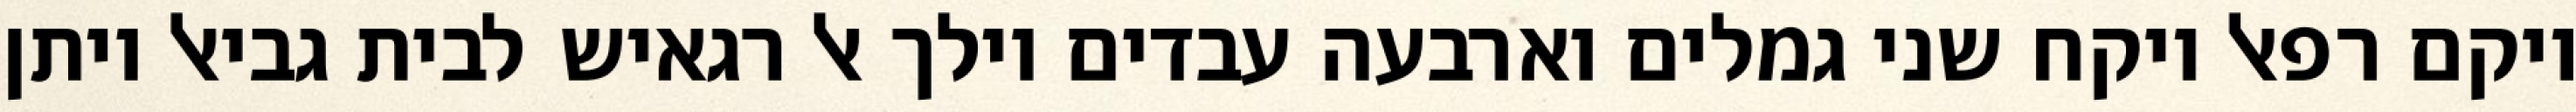
ויקם רפאל ויקח שני גמלים וארבעה עבדים וילך אל רגאיש לבית גביאל ויתן